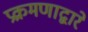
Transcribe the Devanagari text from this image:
प्रक्रमणाद्वारे